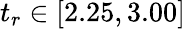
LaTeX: t_{r}\in[2.25,3.00]